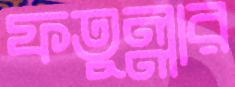
ফতুল্লার